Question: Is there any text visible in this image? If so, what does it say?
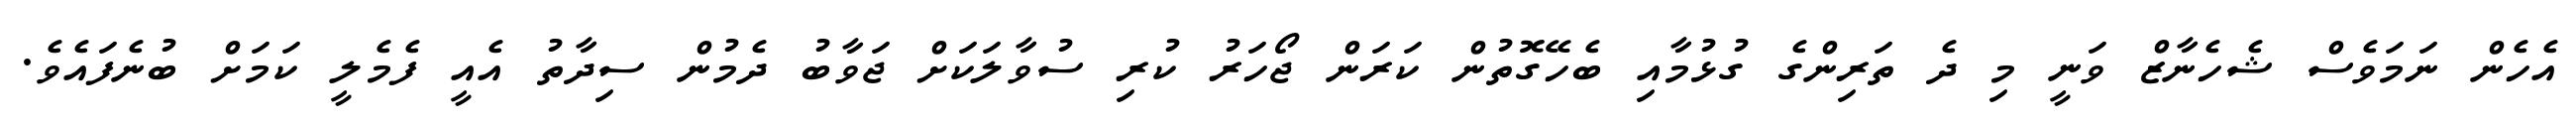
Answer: އެހެން ނަމަވެސް ޝެހެނާޒް ވަނީ މި ދެ ތަރިންގެ ގުޅުމާއި ބެހޭގޮތުން ކަރަން ޖޯހަރު ކުރި ސުވާލަކަށް ޖަވާބު ދެމުން ސިދާތު އެއީ ފެމެލީ ކަމަށް ބުނެފައެވެ.